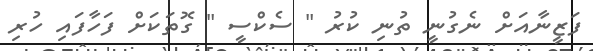
ފަޒީނާއަށް ނެގުނީ ތުނި ކުރު " ސެކްސީ " ގޮތަކަށް ފަހާފައި ހުރި